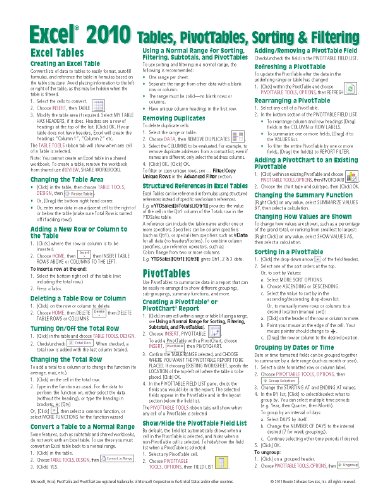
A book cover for Microsoft Excel 2010 Tables, PivotTables, Sorting & Filtering Quick Reference Guide (Cheat Sheet of Instructions, Tips & Shortcuts - Laminated Card); Beezix Inc; Computers & Technology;